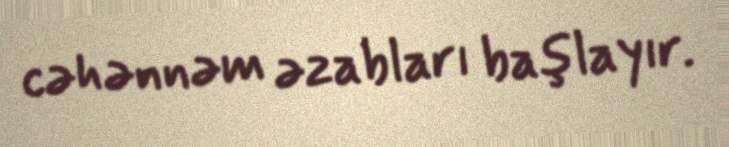
cəhənnəm əzabları başlayır.